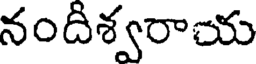
నందిశ్వరాయ